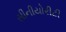
સીનીયોરીટી